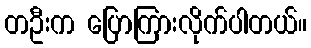
တဦးက ပြောကြားလိုက်ပါတယ်။